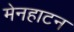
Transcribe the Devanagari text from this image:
मेनहाटन